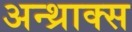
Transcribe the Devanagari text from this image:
अन्थ्राक्स